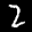
Label: 2